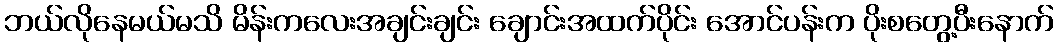
ဘယ်လိုနေမယ်မသိ မိန်းကလေးအချင်းချင်း ချောင်းအထက်ပိုင်း အောင်ပန်းက ပိုးစတွေ့ပီးနောက်